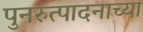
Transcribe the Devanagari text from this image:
पुनरुत्पादनाच्या